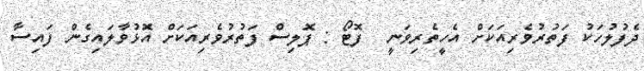
ދެފުލުހަކު ފަތުރުވެރިއަކަށް އެހީތެރިވަނީ  ފޮޓޯ : ޕޮލިސް ފަތުރުވެރިއަކަށް އޮޅުވާލައިގެން ފައިސާ